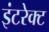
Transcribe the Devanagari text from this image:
इंटरेक्ट